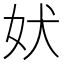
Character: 𫰋